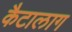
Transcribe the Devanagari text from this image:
कैटालाग